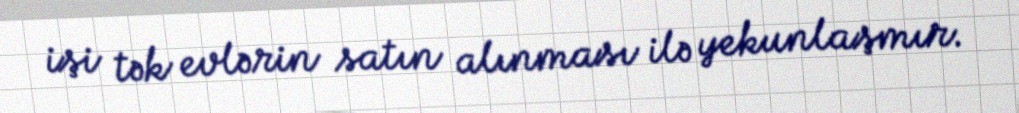
işi tək evlərin satın alınması ilə yekunlaşmır.